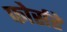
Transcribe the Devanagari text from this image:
फोर्सहे